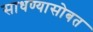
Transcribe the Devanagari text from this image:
साधण्यासोबत